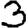
Digit: 3